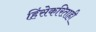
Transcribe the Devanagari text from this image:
हिंसेकरिताही